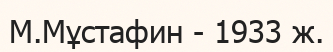
М.Мұстафин - 1933 ж.